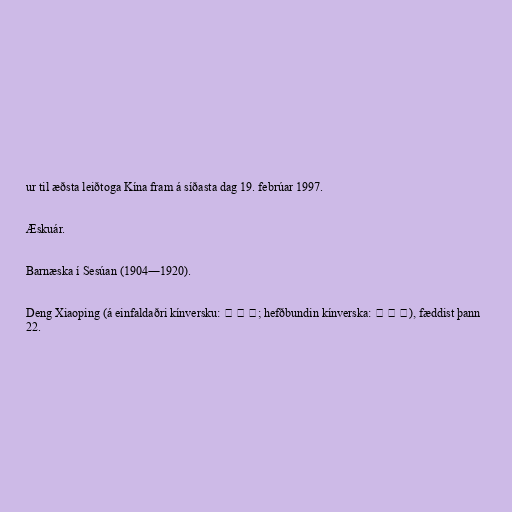
ur til æðsta leiðtoga Kína fram á síðasta dag 19. febrúar 1997.

Æskuár.

Barnæska í Sesúan (1904―1920).

Deng Xiaoping (á einfaldaðri kínversku: 邓 先 圣; hefðbundin kínverska: 邓 先 圣), fæddist þann
22.